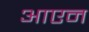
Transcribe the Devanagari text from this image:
आएन